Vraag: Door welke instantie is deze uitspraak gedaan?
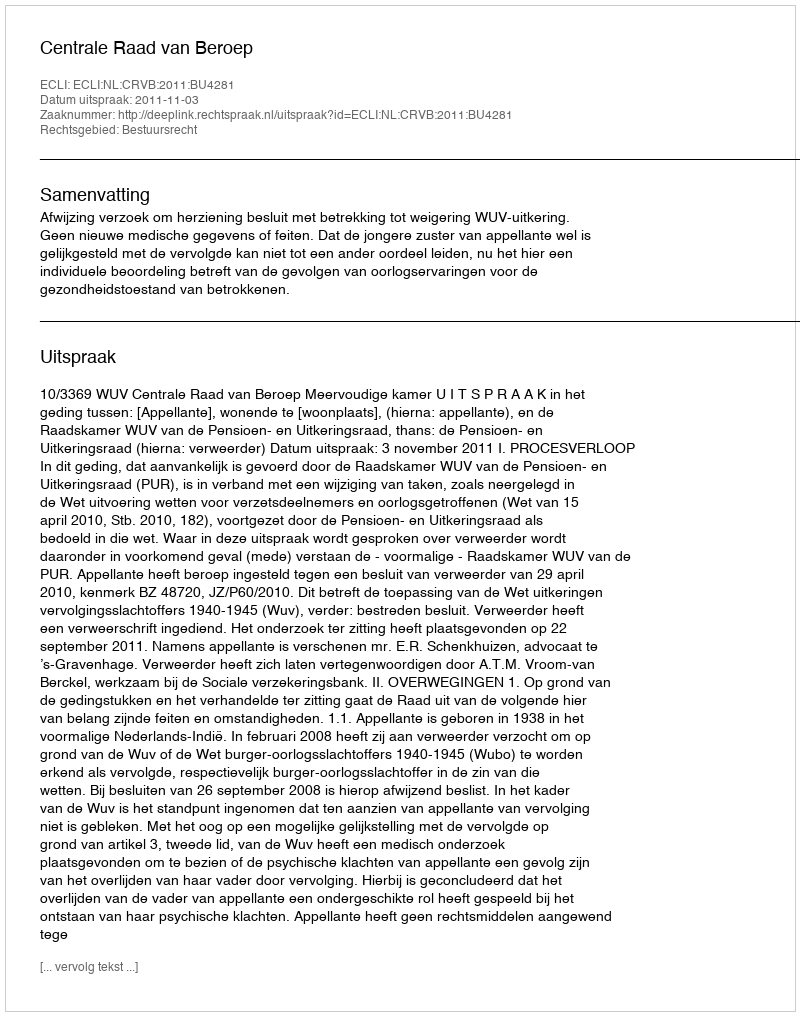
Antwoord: Centrale Raad van Beroep